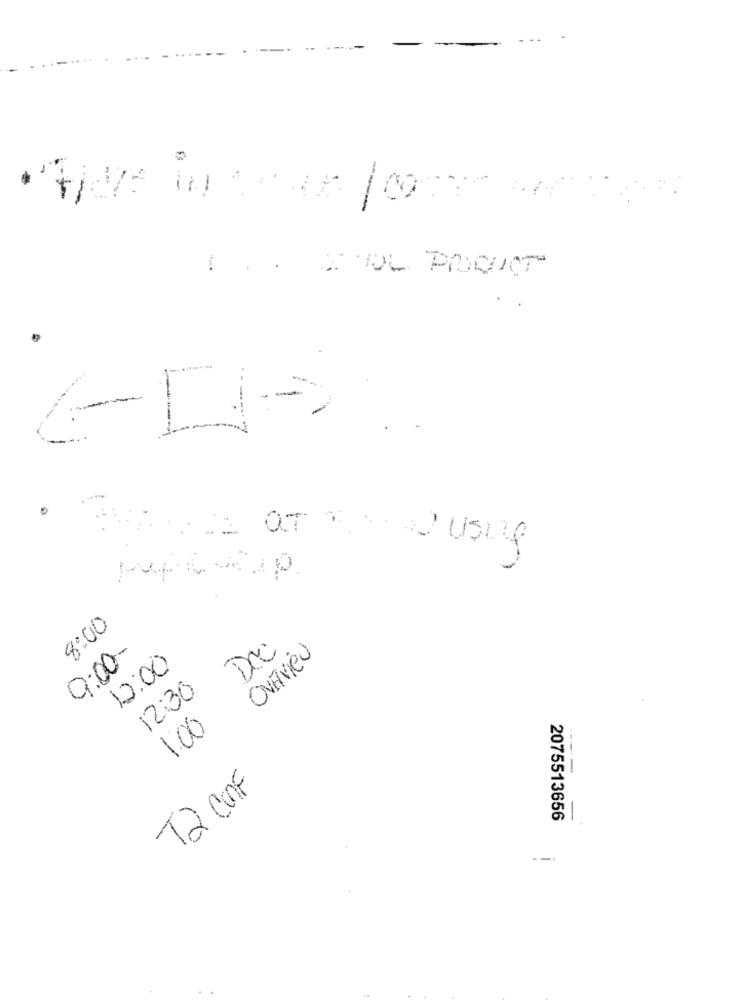
ANOL PRODUCTS
8:00
Dec
OVERVIEW
0:00
12:00
12:30
1.00
--
T2 ConF
2075513656
---